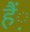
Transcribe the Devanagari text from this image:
हैं़